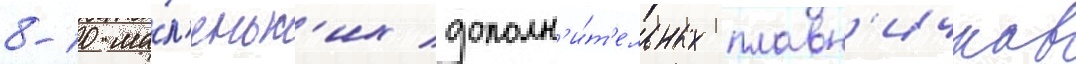
8-10 ма́л'еньк'их дополн'и́т'ельных плавн'ичков